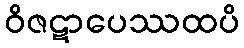
ဝိဇဋာပေဿထပိ